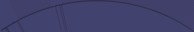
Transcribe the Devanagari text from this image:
ग्रिर्फोइगोदुय्दुग्दुएओगिसोद्त्घ्दीईईईईइगोफुसूऔऔऔऔऔऔऔऔऔऔऔऔऔऔऔऔऔऔऔऔऔऔऔऔऔऔऔऔओइरुफ्गुइस्ग्फिस्ग्फुय्ग्क्षुऔऔऔऔऔऔऔऔऔऔऔऔऔऔऔऔऔऔऔऔऔऔऔऔऔऔऔऔऔऔऔऔऔऔऔऔऔऔऔऔऔऔऔऔऔऔऔऔऔऔऔऔऔऔऔऔऔऔऔऔऔऔऔऔऔऔऔऔऔऔऔऔऔऔऔऔऔऔऔऔऔऔऔऔऔऔऔऔऔऔऔऔऔऔऔऔऔऔऔऔऔऔऔऔऔऔऔऔ